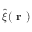
\hat { \xi } ( \textbf { r } )